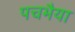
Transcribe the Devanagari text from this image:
पचभैया